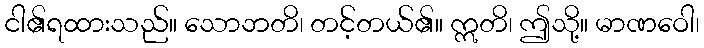
ငါ၏ရထားသည်။ သောဘတိ၊ တင့်တယ်၏။ ဣတိ၊ ဤသို့။ မာဏဝေါ၊